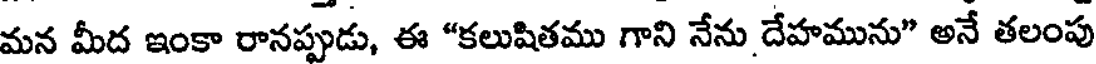
మన మీద ఇంకా రానప్పుడు, ఈ "కలుషితము గాని నేను దేహమును" అనే తలంపు